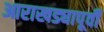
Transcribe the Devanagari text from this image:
आराखड्यापूर्वी